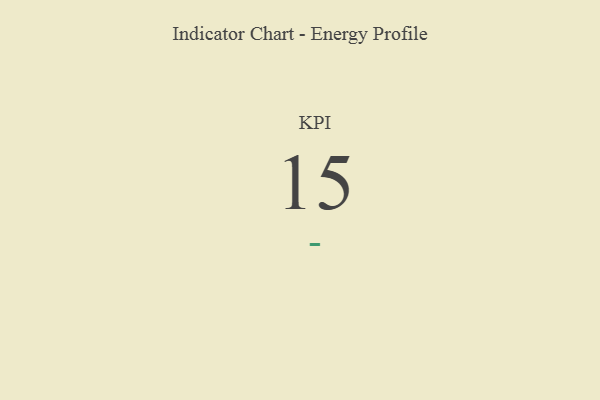
{"axis": {"x": "KPI", "y": "Value"}, "legend": [""], "data": [{"x": "KPI", "y": 15, "type": ""}]}